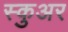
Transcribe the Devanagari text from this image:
स्कुअर